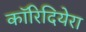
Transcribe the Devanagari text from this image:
कॉरिदियेरा